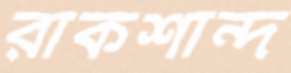
রাকশান্দ